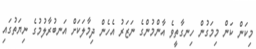
މިކަން ކަން މިމަގުން ހިނގާތީވެ އާންމުންގެ ނަޒަރު އެހެން ދިމާލަކަށް އަނބުރާލުމުގެ ނިޔަތުގައި